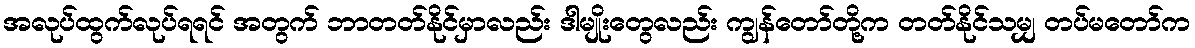
အလုပ်ထွက်လုပ်ရရင် အတွက် ဘာတတ်နိုင်မှာလည်း ဒါမျိုးတွေလည်း ကျွန်တော်တို့က တတ်နိုင်သမျှ တပ်မတော်က